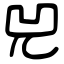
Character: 兕